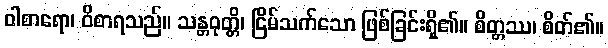
ဝါစာရော၊ ဝိစာရသည်။ သန္တဝုတ္တိ၊ ငြိမ်သက်သော ဖြစ်ခြင်းရှိ၏။ စိတ္တဿ၊ စိတ်၏။